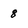
Character: 8